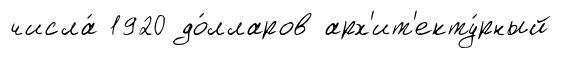
числа́ 1920 до́лларов арх'ит'екту́рный